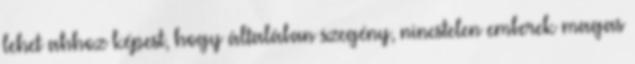
lehet ahhoz képest, hogy általában szegény, nincstelen emberek magas